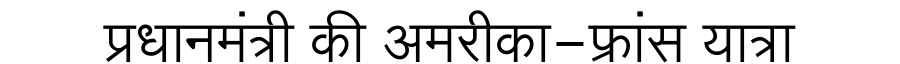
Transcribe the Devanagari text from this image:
प्रधानमंत्री की अमरीका-फ्रांस यात्रा